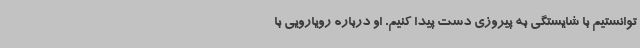
توانستیم با شایستگی به پیروزی دست پیدا کنیم. او درباره رویارویی با